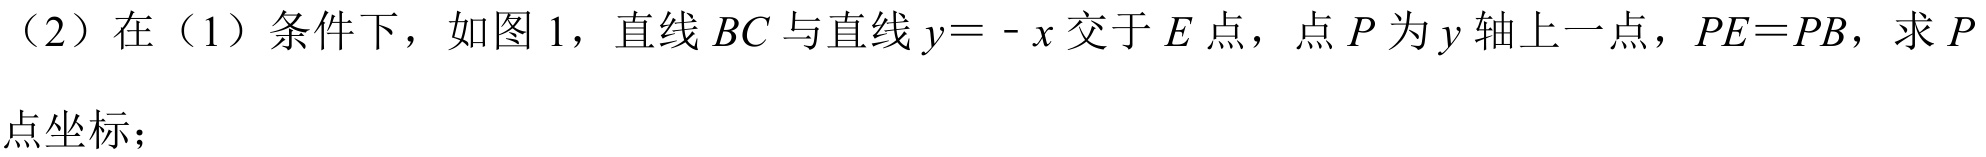
（2）在（1）条件下，如图1，直线\(BC\)与直线\(y = - x\)交于\(E\)点，点\(P\)为\(y\)轴上一点，\(PE = PB\)，求\(P\)
点坐标；